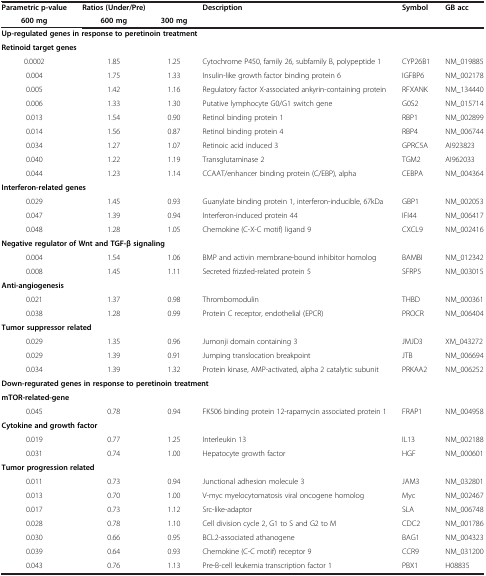
<table><thead><tr><td><b>Parametric p-value</b></td><td><b>Ratios (Under/Pre)</b></td><td><b> </b></td><td><b>Description</b></td><td><b>Symbol</b></td><td><b>GB acc</b></td></tr><tr><td><b>600 mg</b></td><td><b>600 mg</b></td><td><b>300 mg</b></td><td><b> </b></td><td><b> </b></td><td><b> </b></td></tr></thead><tbody><tr><td colspan="6"><b>Up-regulated genes in response to peretinoin treatment</b></td></tr><tr><td colspan="6"><b>Retinoid target genes</b></td></tr><tr><td>0.0002</td><td>1.85</td><td>1.25</td><td>Cytochrome P450, family 26, subfamily B, polypeptide 1</td><td>CYP26B1</td><td>NM_019885</td></tr><tr><td>0.004</td><td>1.75</td><td>1.33</td><td>Insulin-like growth factor binding protein 6</td><td>IGFBP6</td><td>NM_002178</td></tr><tr><td>0.005</td><td>1.42</td><td>1.16</td><td>Regulatory factor X-associated ankyrin-containing protein</td><td>RFXANK</td><td>NM_134440</td></tr><tr><td>0.006</td><td>1.33</td><td>1.30</td><td>Putative lymphocyte G0/G1 switch gene</td><td>G0S2</td><td>NM_015714</td></tr><tr><td>0.013</td><td>1.54</td><td>0.90</td><td>Retinol binding protein 1</td><td>RBP1</td><td>NM_002899</td></tr><tr><td>0.014</td><td>1.56</td><td>0.87</td><td>Retinol binding protein 4</td><td>RBP4</td><td>NM_006744</td></tr><tr><td>0.034</td><td>1.27</td><td>1.07</td><td>Retinoic acid induced 3</td><td>GPRC5A</td><td>AI923823</td></tr><tr><td>0.040</td><td>1.22</td><td>1.19</td><td>Transglutaminase 2</td><td>TGM2</td><td>AI962033</td></tr><tr><td>0.044</td><td>1.23</td><td>1.14</td><td>CCAAT/enhancer binding protein (C/EBP), alpha</td><td>CEBPA</td><td>NM_004364</td></tr><tr><td colspan="6"><b>Interferon-related genes</b></td></tr><tr><td>0.029</td><td>1.45</td><td>0.93</td><td>Guanylate binding protein 1, interferon-inducible, 67kDa</td><td>GBP1</td><td>NM_002053</td></tr><tr><td>0.047</td><td>1.39</td><td>0.94</td><td>Interferon-induced protein 44</td><td>IFI44</td><td>NM_006417</td></tr><tr><td>0.048</td><td>1.28</td><td>1.05</td><td>Chemokine (C-X-C motif) ligand 9</td><td>CXCL9</td><td>NM_002416</td></tr><tr><td colspan="6"><b>Negative regulator of Wnt and TGF-β signaling</b></td></tr><tr><td>0.004</td><td>1.54</td><td>1.06</td><td>BMP and activin membrane-bound inhibitor homolog</td><td>BAMBI</td><td>NM_012342</td></tr><tr><td>0.008</td><td>1.45</td><td>1.11</td><td>Secreted frizzled-related protein 5</td><td>SFRP5</td><td>NM_003015</td></tr><tr><td colspan="6"><b>Anti-angiogenesis</b></td></tr><tr><td>0.021</td><td>1.37</td><td>0.98</td><td>Thrombomodulin</td><td>THBD</td><td>NM_000361</td></tr><tr><td>0.038</td><td>1.28</td><td>0.99</td><td>Protein C receptor, endothelial (EPCR)</td><td>PROCR</td><td>NM_006404</td></tr><tr><td colspan="6"><b>Tumor suppressor related</b></td></tr><tr><td>0.029</td><td>1.35</td><td>0.96</td><td>Jumonji domain containing 3</td><td>JMJD3</td><td>XM_043272</td></tr><tr><td>0.029</td><td>1.39</td><td>0.91</td><td>Jumping translocation breakpoint</td><td>JTB</td><td>NM_006694</td></tr><tr><td>0.034</td><td>1.39</td><td>1.32</td><td>Protein kinase, AMP-activated, alpha 2 catalytic subunit</td><td>PRKAA2</td><td>NM_006252</td></tr><tr><td colspan="6"><b>Down-regurated genes in response to peretinoin treatment</b></td></tr><tr><td colspan="6"><b>mTOR-related-gene</b></td></tr><tr><td>0.045</td><td>0.78</td><td>0.94</td><td>FK506 binding protein 12-rapamycin associated protein 1</td><td>FRAP1</td><td>NM_004958</td></tr><tr><td colspan="6"><b>Cytokine and growth factor</b></td></tr><tr><td>0.019</td><td>0.77</td><td>1.25</td><td>Interleukin 13</td><td>IL13</td><td>NM_002188</td></tr><tr><td>0.031</td><td>0.74</td><td>1.00</td><td>Hepatocyte growth factor</td><td>HGF</td><td>NM_000601</td></tr><tr><td colspan="6"><b>Tumor progression related</b></td></tr><tr><td>0.011</td><td>0.73</td><td>0.94</td><td>Junctional adhesion molecule 3</td><td>JAM3</td><td>NM_032801</td></tr><tr><td>0.013</td><td>0.70</td><td>1.00</td><td>V-myc myelocytomatosis viral oncogene homolog</td><td>Myc</td><td>NM_002467</td></tr><tr><td>0.017</td><td>0.73</td><td>1.12</td><td>Src-like-adaptor</td><td>SLA</td><td>NM_006748</td></tr><tr><td>0.028</td><td>0.78</td><td>1.10</td><td>Cell division cycle 2, G1 to S and G2 to M</td><td>CDC2</td><td>NM_001786</td></tr><tr><td>0.030</td><td>0.66</td><td>0.95</td><td>BCL2-associated athanogene</td><td>BAG1</td><td>NM_004323</td></tr><tr><td>0.039</td><td>0.64</td><td>0.93</td><td>Chemokine (C-C motif) receptor 9</td><td>CCR9</td><td>NM_031200</td></tr><tr><td>0.043</td><td>0.76</td><td>1.13</td><td>Pre-B-cell leukemia transcription factor 1</td><td>PBX1</td><td>H08835</td></tr></tbody></table>